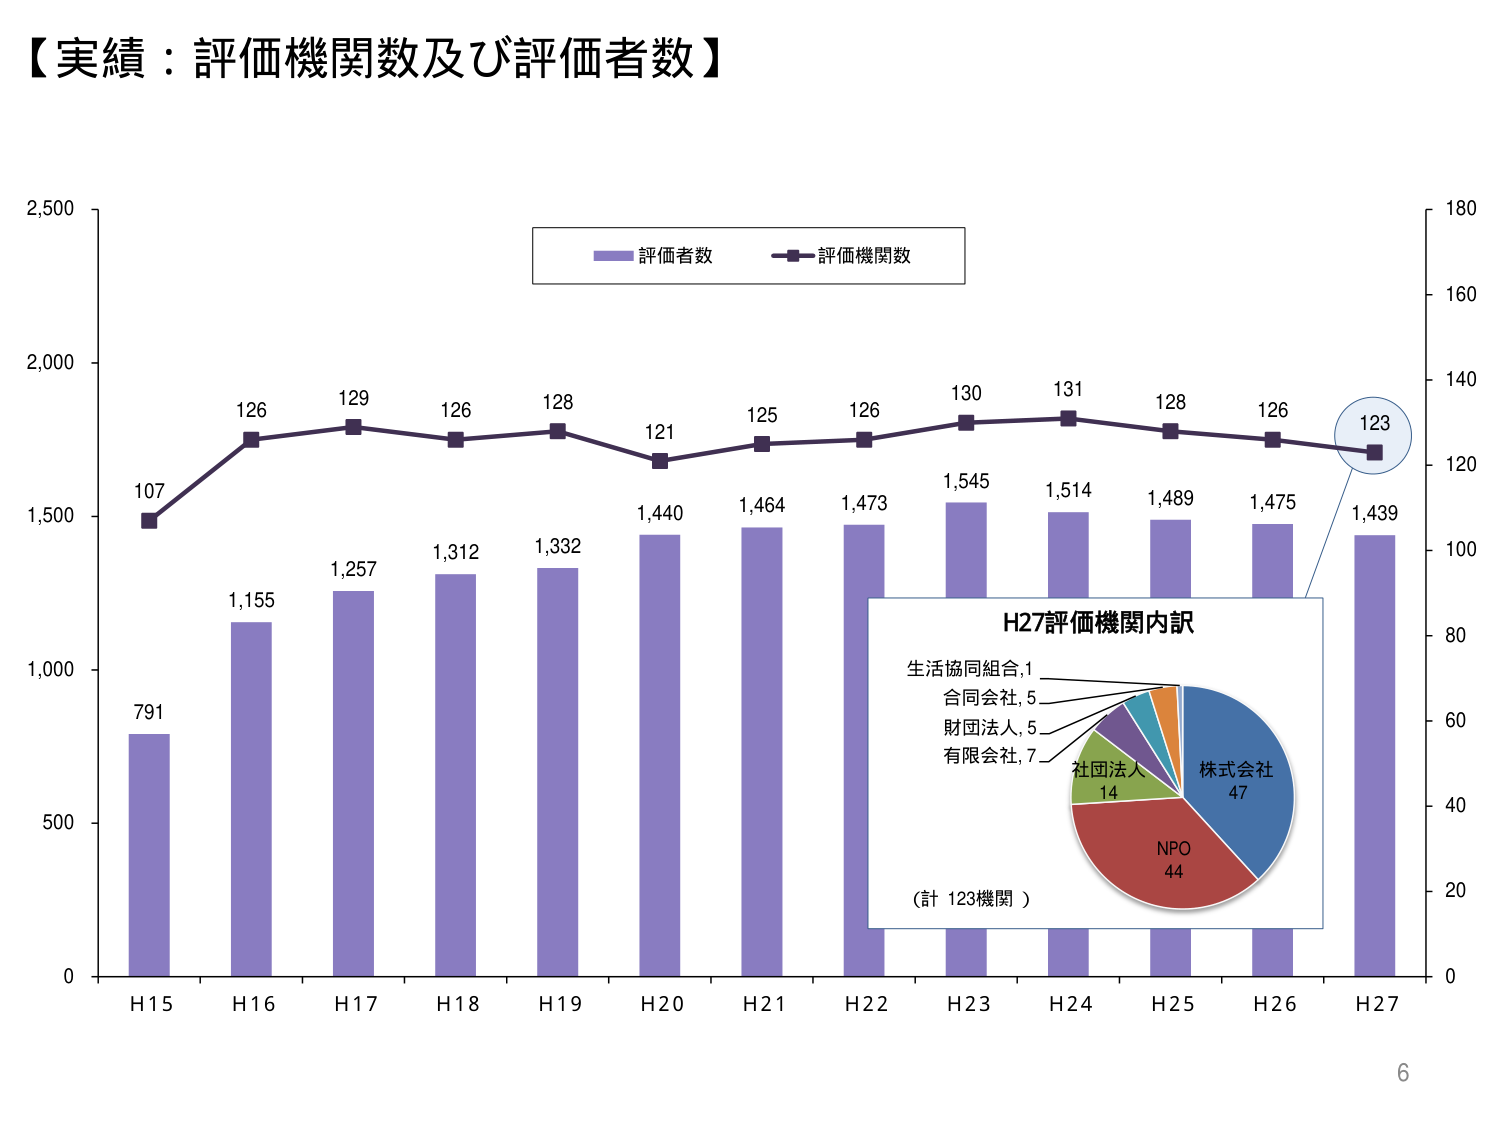
【実績：評価機関数及び評価者数】

評価者数
評価機関数

2,500
2,000
1,500
1,000
500
0

H15
H16
H17
H18
H19
H20
H21
H22
H23
H24
H25
H26
H27

107
126
129
126
128
121
125
126
130
131
128
126
123

791
1,155
1,257
1,312
1,332
1,440
1,464
1,473
1,545
1,514
1,489
1,475
1,439

180
160
140
120
100
80
60
40
20
0

H27評価機関内訳

生活協同組合,1
合同会社,5
財団法人,5
有限会社,7
社団法人
14
NPO
44
株式会社
47

（計 123機関）

6